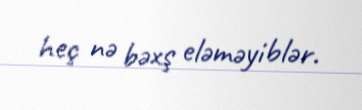
heç nə bəxş eləməyiblər.